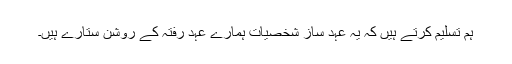
ہم تسلیم کرتے ہیں کہ یہ عہد ساز شخصیات ہمارے عہد رفتہ کے روشن ستارے ہیں۔